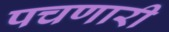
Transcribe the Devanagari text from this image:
पचणारी